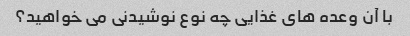
با آن وعده های غذایی چه نوع نوشیدنی می خواهید؟